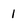
Character: 1